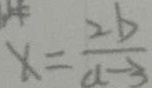
x = \frac { 2 b } { a - 3 }